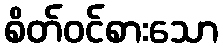
စိတ်ဝင်စားသော